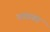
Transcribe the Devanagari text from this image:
कंठावर